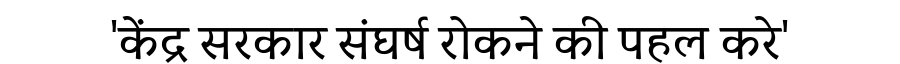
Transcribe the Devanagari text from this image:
'केंद्र सरकार संघर्ष रोकने की पहल करे'